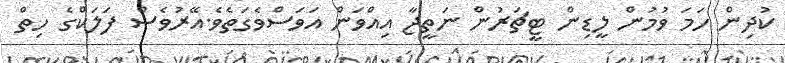
ކުދިން ހަމަ ވުމުން ލީޑިން ޓީޗަރުން ނަތީޖާ އިއްވަން އަވަސްވެގަތެވެ.އޭރުވެސް ފަލަކްގެ ހިތް